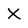
Character: X